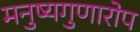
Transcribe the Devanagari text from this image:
मनुष्यगुणारोप